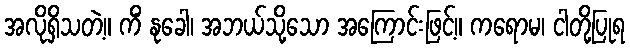
အလိုရှိသတဲ့။ ကိံ နုခေါ၊ အဘယ်သို့သော အကြောင်းဖြင့်။ ကရောမ၊ ငါတို့ပြုရ